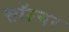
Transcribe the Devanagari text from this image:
सॉल्वर